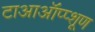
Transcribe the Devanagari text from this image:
टाआऑंप्प्शूण